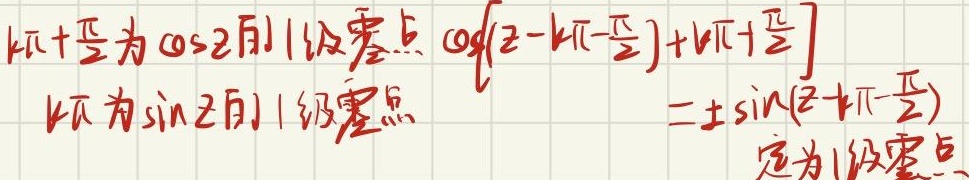
$k\pi+\frac{\pi}{2}$为$\cos z$的1级零点$\cos\left[\left(z - k\pi-\frac{\pi}{2}\right)+k\pi+\frac{\pi}{2}\right]$
$k\pi$为$\sin z$的1级零点  二$\pm\sin\left(z - k\pi\right)$
定为1级零点